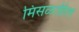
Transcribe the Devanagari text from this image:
मिसळतील